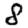
Digit: 8